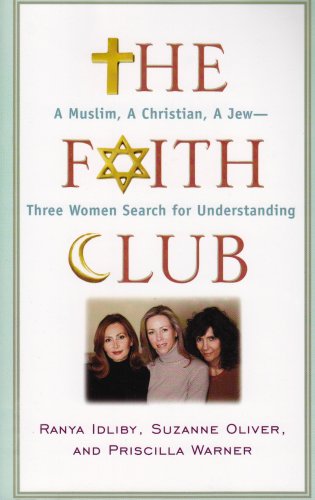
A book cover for The Faith Club: A Muslim, a Christian, a Jew -- Three Woman Search for Understanding (Christian Softcover Originals); Ranya Idliby; Religion & Spirituality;